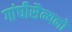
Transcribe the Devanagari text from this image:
गांघीसैन्यनो